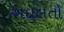
અદાલતો